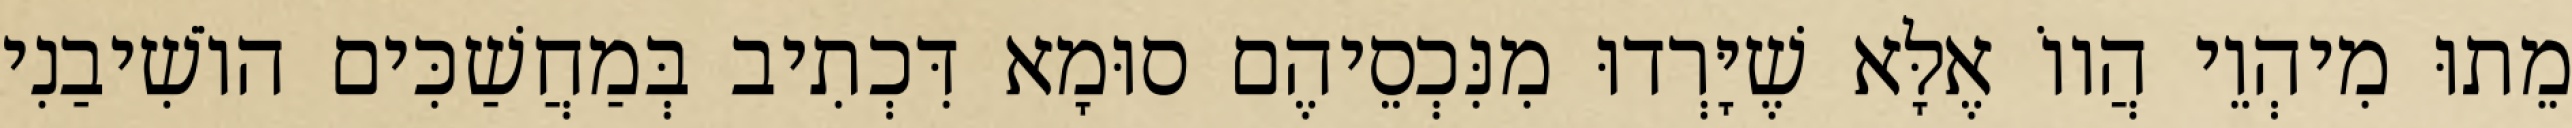
מֵתוּ מִיהְוֵי הֲווֹ אֶלָּא שֶׁיָּרְדוּ מִנִּכְסֵיהֶם סוּמָא דִּכְתִיב בְּמַחֲשַׁכִּים הוֹשִׁיבַנִי